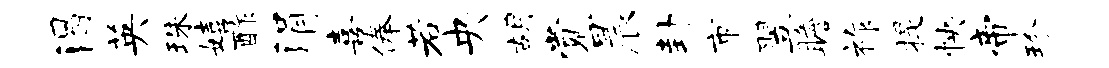
渴英珠嬉酢涓喜俸若央胡觉晨卦市翌瞻祚提怏帝珍